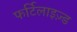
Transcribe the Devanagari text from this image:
फर्टिलाइज़्ड